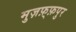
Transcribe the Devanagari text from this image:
मुज़फ़्फ़पुर